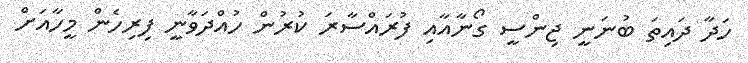
ހަދާ ދައިތަ ބުނަނީ ޖިންސީ ގޯނާއާއި ފުރައްސާރަ ކުރުން ހުއްދަވާނީ ފިރިހެން މީހާއަށް